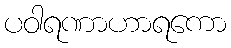
ပဝါရဏာဟာရကော